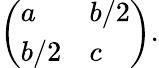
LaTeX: {\left(\begin{array}{ll}{a}&{b/2}\\ {b/2}&{c}\end{array}\right)}.